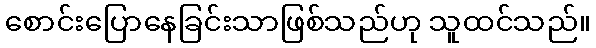
စောင်းပြောနေခြင်းသာဖြစ်သည်ဟု သူထင်သည်။